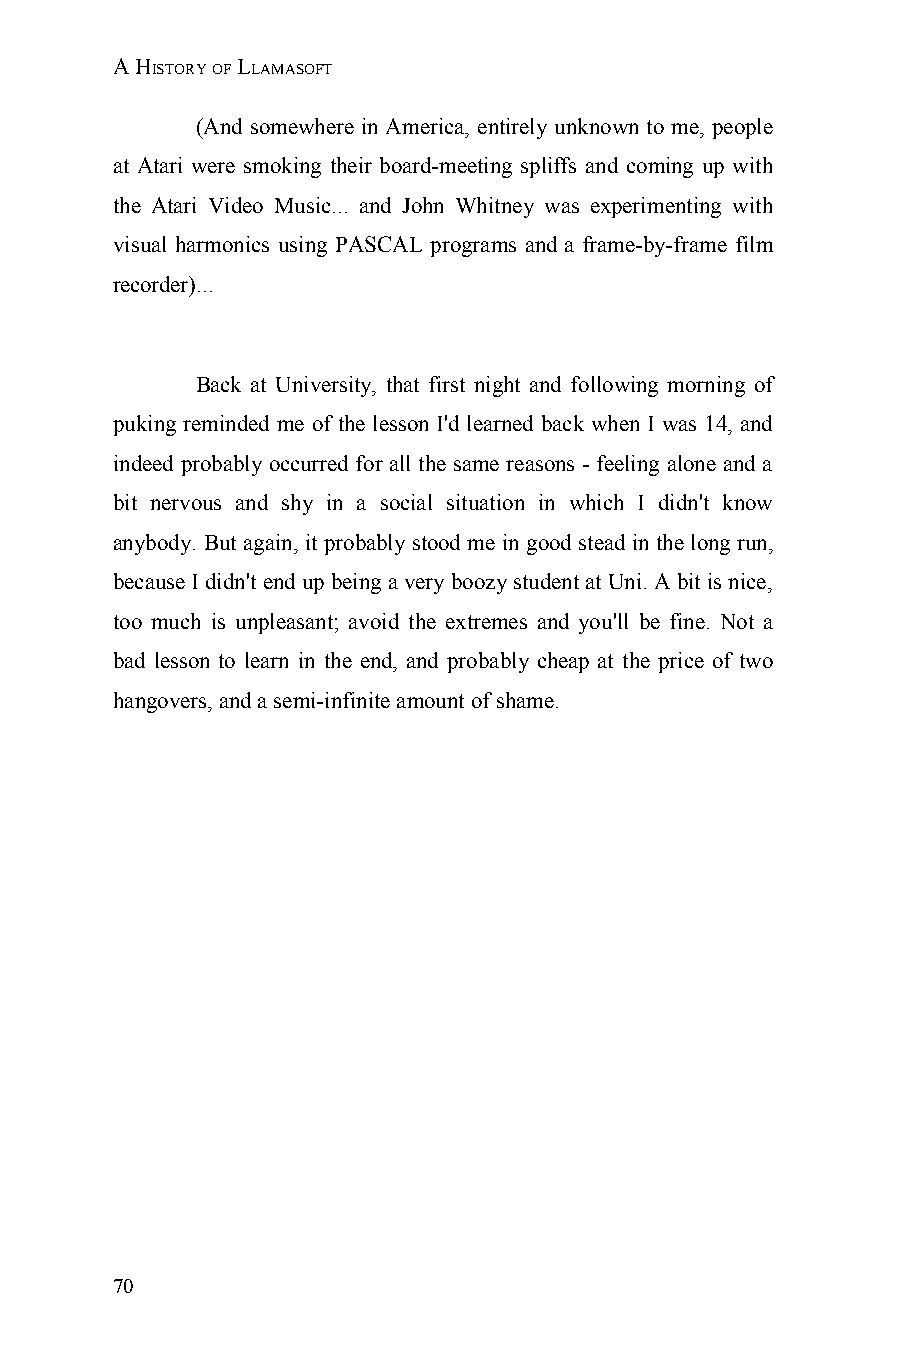
A HISTORY OF LLAMASOFT
 (And somewhere in America, entirely unknown to me, people
 at Atari were smoking their board-meeting spliffs and coming up with
 the Atari Video Music... and John Whitney was experimenting with
 visual harmonics using PASCAL programs and a frame-by-frame film
 recorder)...
 Back at University, that first night and following morning of
 puking reminded me of the lesson I'd learned back when I was 14, and
 indeed probably occurred for all the same reasons - feeling alone and a
 bit nervous and shy in a social situation in which I didn't know
 anybody. But again, it probably stood me in good stead in the long run,
 because I didn't end up being a very boozy student at Uni. A bit is nice,
 too much is unpleasant; avoid the extremes and you'll be fine. Not a
 bad lesson to learn in the end, and probably cheap at the price of two
 hangovers, and a semi-infinite amount of shame.
 70